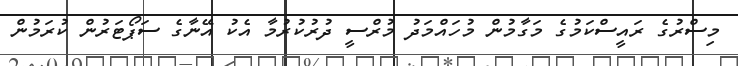
މިސްރުގެ ރައީސްކަމުގެ މަގާމުން މުހައްމަދު މުރްސީ ދުރުކުރުމާ އެކު އޭނާގެ ސަޕޯޓަރުން ކުރަމުން